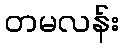
တမလန်း